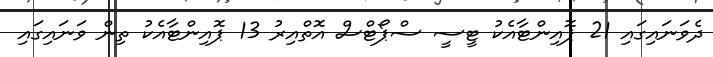
ދެވަނައިގައި 21 ޕޮއިންޓާއެކު ޓީސީ ސްޕޯޓްސް އޮތްއިރު 13 ޕޮއިންޓާއެކު ތިން ވަނައިގައި